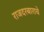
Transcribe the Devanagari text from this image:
राजदरबाराचे